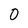
Character: 0